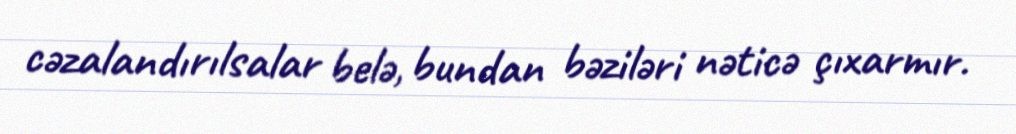
cəzalandırılsalar belə, bundan bəziləri nəticə çıxarmır.